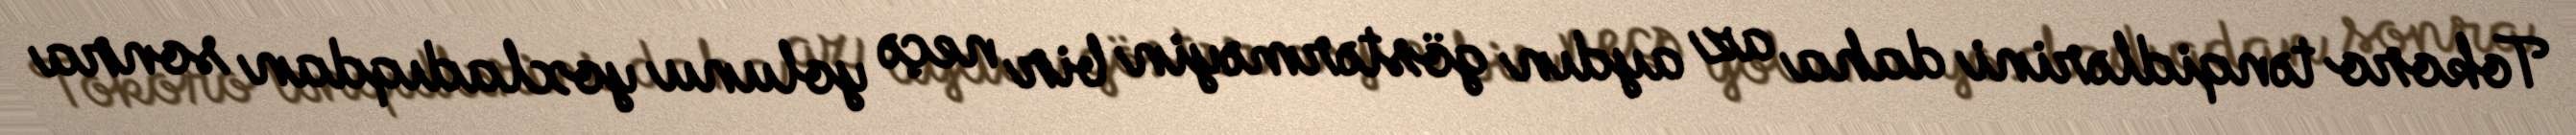
Tokoro tənqidlərini daha az aydın göstərməyin bir neçə yolunu yoxladıqdan sonra